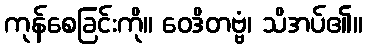
ကုန်စေခြင်းကို။ ဝေဒိတဗ္ဗံ၊ သိအပ်၏။